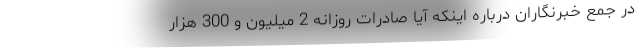
در جمع خبرنگاران درباره اینکه آیا صادرات روزانه 2 میلیون و 300 هزار